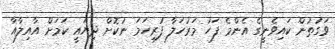
ވަގުތުން ކައިވެނީގެ އެންމެ ފަހު މަރުހަލާ ފުރިހަމަ ނުކޮށް ދިޔައީ ކަމަށް އާއިލާއާ